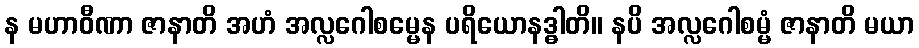
န မဟာဝီဏာ ဇာနာတိ အဟံ အလ္လဂေါစမ္မေန ပရိယောနဒ္ဓါတိ။ နပိ အလ္လဂေါစမ္မံ ဇာနာတိ မယာ